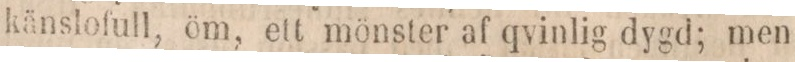
känslofull, öm, ett mönster af qvinlig dygd; men